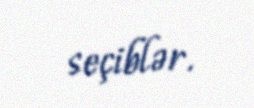
seçiblər.